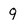
Character: q